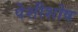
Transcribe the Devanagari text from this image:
पेशीशोष